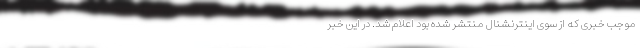
موجب خبری که از سوی اینترنشنال منتشر شده بود اعلام شد. در این خبر